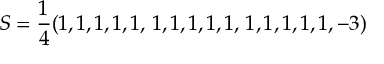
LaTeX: S = \frac 1 4 ( 1 , 1 , 1 , 1 , 1 , \, 1 , 1 , 1 , 1 , 1 , \, 1 , 1 , 1 , 1 , 1 , - 3 )